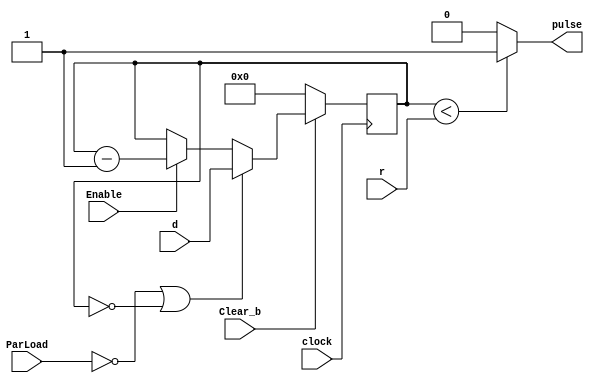
`timescale 1ns / 1ns // `timescale time_unit/time_precision

module RateDivider(d, r, clock, Clear_b, ParLoad, Enable, pulse);
	input [27:0] d, r;
	input clock;
	input Clear_b;
	input ParLoad;
	input Enable;
	output pulse;
	reg [27:0] q; // declare q
	always @(posedge clock) // triggered every time clock rises
	begin
		if (Clear_b == 1'b0) // when Clear_b is 0...
		q <= 28'b0000000000000000000000000000; // set q to 0
		else if (ParLoad == 1'b0 || q == 28'b0000000000000000000000000000) // ...otherwise, check if parallel load
		q <= d; // load d
		else if (Enable == 1'b1) // ...otherwise update q (only when Enable is 1)
		q <= q - 1'b1; // increment q
		// q <= q - 1'b1; // alternatively, decrement q
	end
	assign pulse = (q < r) ? 1 : 0;
endmodule